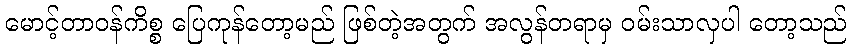
မောင့်တာဝန်ကိစ္စ ပြေကုန်တော့မည် ဖြစ်တဲ့အတွက် အလွန်တရာမှ ဝမ်းသာလှပါ တော့သည်